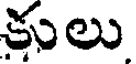
కులు